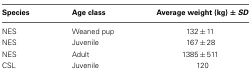
<table><thead><tr><td><b>Species</b></td><td><b>Age class</b></td><td><b>Average weight (kg) ± <i>SD</i></b></td></tr></thead><tbody><tr><td>NES</td><td>Weaned pup</td><td>132 ± 11</td></tr><tr><td>NES</td><td>Juvenile</td><td>167 ± 28</td></tr><tr><td>NES</td><td>Adult</td><td>1385 ± 511</td></tr><tr><td>CSL</td><td>Juvenile</td><td>120</td></tr></tbody></table>